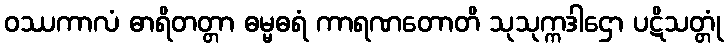
ဝဿကာလံ ဓာရိတတ္တာ ဓမ္မဓရံ ကာရဏတောတိ သုသုက္ကဒါဌော ပဋိသတ္တုံ